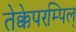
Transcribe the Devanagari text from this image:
तेक्केपरम्पिल्